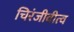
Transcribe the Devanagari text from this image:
चिरंजीवीत्व